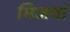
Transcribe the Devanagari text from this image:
मिजवां